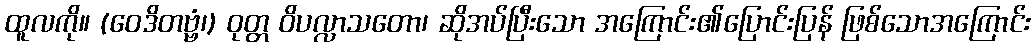
ထူလကို။ (ဝေဒိတဗ္ဗံ၊) ဝုတ္တ ဝိပလ္လာသတော၊ ဆိုအပ်ပြီးသော အကြောင်း၏ပြောင်းပြန် ဖြစ်သောအကြောင်း